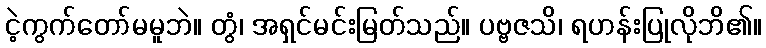
ငဲ့ကွက်တော်မမူဘဲ။ တွံ၊ အရှင်မင်းမြတ်သည်။ ပဗ္ဗဇသိ၊ ရဟန်းပြုလိုဘိ၏။